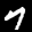
Label: 7